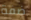
ضفة